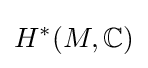
H^{*}(M,\mathbb {C} )